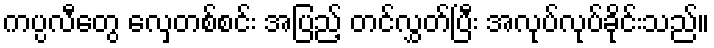
ကပ္ပလီတွေ လှေတစ်စင်း အပြည့် တင်လွှတ်ပြီး အလုပ်လုပ်ခိုင်းသည်။